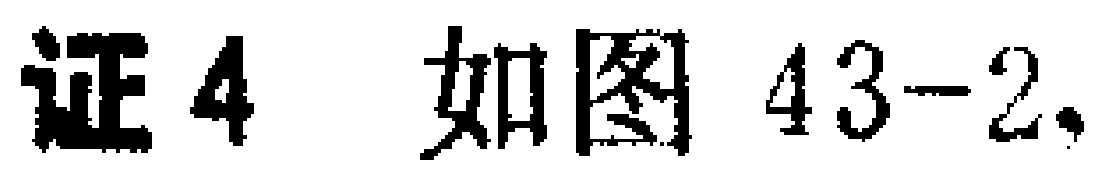
证4 如图43-2,